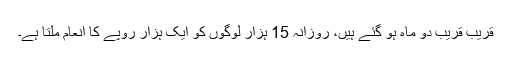
قریب قریب دو ماہ ہو گئے ہیں، روزانہ 15 ہزار لوگوں کو ایک ہزار روپے کا انعام ملتا ہے۔